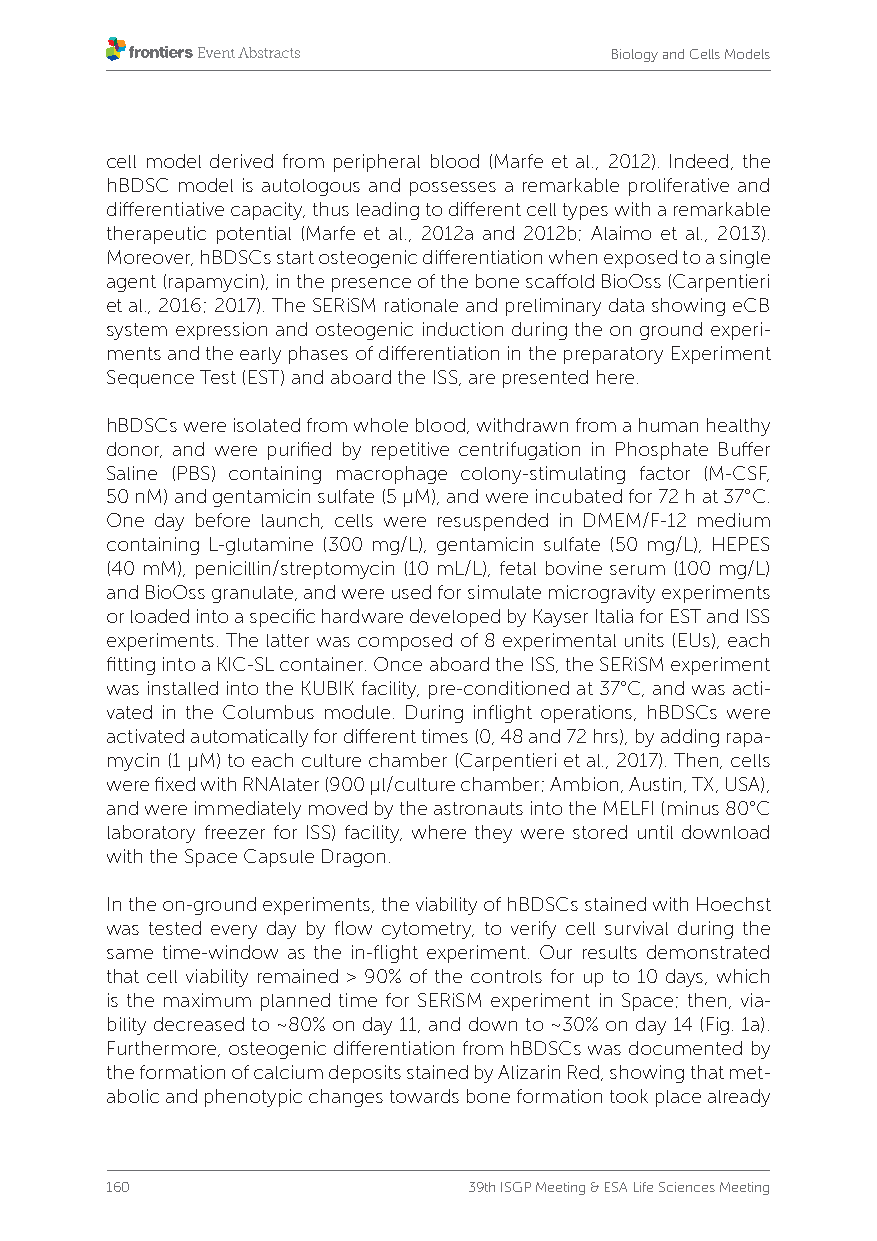
Biology and Cells Models
 cell model derived from peripheral blood (Marfe et al., 2012). Indeed, the
 hBDSC model is autologous and possesses a remarkable proliferative and
 differentiative capacity, thus leading to different cell types with a remarkable
 therapeutic potential (Marfe et al., 2012a and 2012b; Alaimo et al., 2013).
 Moreover, hBDSCs start osteogenic differentiation when exposed to a single
 agent (rapamycin), in the presence of the bone scaffold BioOss (Carpentieri
 et al., 2016; 2017). The SERiSM rationale and preliminary data showing eCB
 system expression and osteogenic induction during the on ground experi-
 ments and the early phases of differentiation in the preparatory Experiment
 Sequence Test (EST) and aboard the ISS, are presented here.
 hBDSCs were isolated from whole blood, withdrawn from a human healthy
 donor, and were purified by repetitive centrifugation in Phosphate Buffer
 Saline (PBS) containing macrophage colony-stimulating factor (M-CSF,
 50 nM) and gentamicin sulfate (5 µM), and were incubated for 72 h at 37°C.
 One day before launch, cells were resuspended in DMEM/F-12 medium
 containing L-glutamine (300 mg/L), gentamicin sulfate (50 mg/L), HEPES
 (40 mM), penicillin/streptomycin (10 mL/L), fetal bovine serum (100 mg/L)
 and BioOss granulate, and were used for simulate microgravity experiments
 or loaded into a specific hardware developed by Kayser Italia for EST and ISS
 experiments. The latter was composed of 8 experimental units (EUs), each
 fitting into a KIC-SL container. Once aboard the ISS, the SERiSM experiment
 was installed into the KUBIK facility, pre-conditioned at 37°C, and was acti-
 vated in the Columbus module. During inflight operations, hBDSCs were
 activated automatically for different times (0, 48 and 72 hrs), by adding rapa-
 mycin (1 µM) to each culture chamber (Carpentieri et al., 2017). Then, cells
 were fixed with RNAlater (900 µl/culture chamber; Ambion, Austin, TX, USA),
 and were immediately moved by the astronauts into the MELFI (minus 80°C
 laboratory freezer for ISS) facility, where they were stored until download
 with the Space Capsule Dragon.
 In the on-ground experiments, the viability of hBDSCs stained with Hoechst
 was tested every day by flow cytometry, to verify cell survival during the
 same time-window as the in-flight experiment. Our results demonstrated
 that cell viability remained > 90% of the controls for up to 10 days, which
 is the maximum planned time for SERiSM experiment in Space; then, via-
 bility decreased to ~80% on day 11, and down to ~30% on day 14 (Fig. 1a).
 Furthermore, osteogenic differentiation from hBDSCs was documented by
 the formation of calcium deposits stained by Alizarin Red, showing that met-
 abolic and phenotypic changes towards bone formation took place already
 160                     39th ISGP Meeting & ESA Life Sciences Meeting